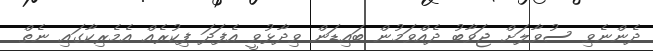
ދެންނެވި ސުވާލަށް ޖަވާބު ދެއްވަމުން ބައިޑަން ވިދާޅުވީ އެފަދަ ފިކުރެއް އެމެރިކާގައި ނެތް